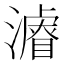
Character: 𱩦